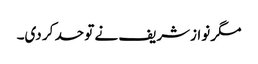
مگر نوازشریف نے تو حد کر دی۔